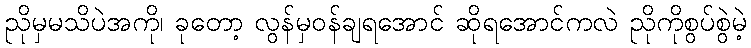
ညိုမှမသိပဲအကို၊ ခုတော့ လွန်မှဝန်ချရအောင် ဆိုရအောင်ကလဲ ညိုကိုစွပ်စွဲမဲ့